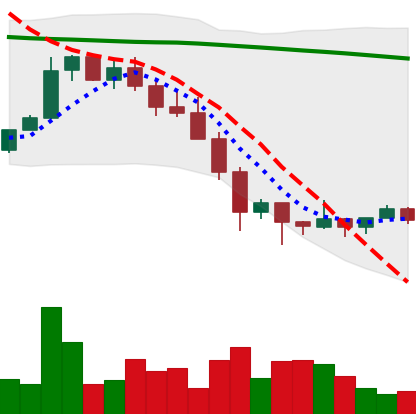
Ticker: XMR-USD
Chart end date: 2022-01-30
Forward return: 11.629%
Label: up_7plus